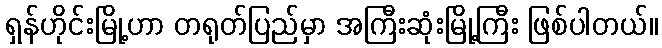
ရှန်ဟိုင်းမြို့ဟာ တရုတ်ပြည်မှာ အကြီးဆုံးမြို့ကြီး ဖြစ်ပါတယ်။